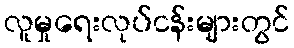
လူမှုရေးလုပ်ငန်းများတွင်